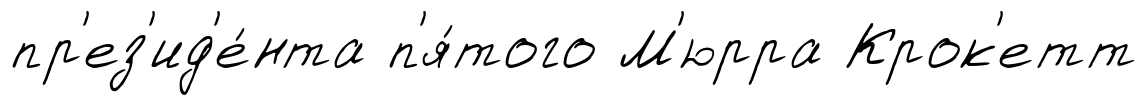
пр'ез'ид'е́нта п'я́того М'юрра Крок'етт